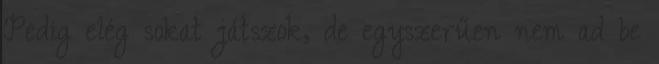
Pedig elég sokat játszok, de egyszerűen nem ad be